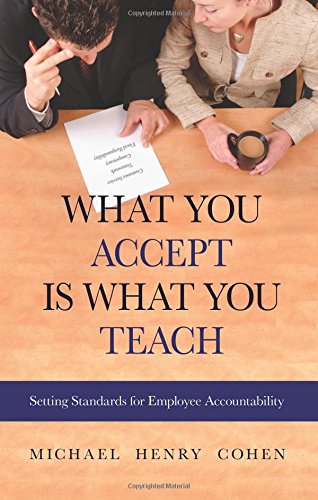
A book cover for What You Accept is What You Teach: Setting Standards for Employee Accountability; Michael Cohen; Business & Money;